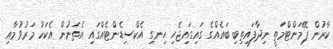
ކާރުން ޕޭމަންޓްމަތީ ނިދާފައިތިބި ބައެއްގެ ގައިގައިޖެހި ހިނގި އެކްސިޑެންޓެއްގައި އެތަނުން އެކަކު މަރުވުމާއި